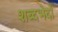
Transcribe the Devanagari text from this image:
शब्दभेदों